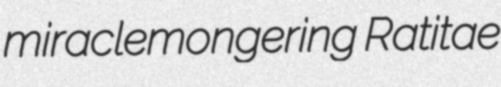
miraclemongering Ratitae